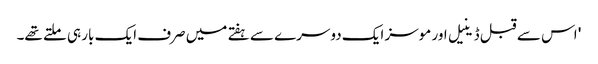
' اس سے قبل ڈینیل اور موسز ایک دوسرے سے ہفتے میں صرف ایک بار ہی ملتے تھے۔